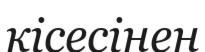
кісесінен